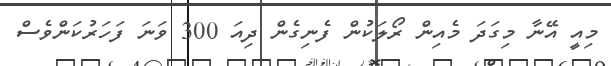
މިއީ އޭނާ މިގަދަ މެއިން ރޯލަކުން ފެނިގެން ދިއަ 300 ވަނަ ފަހަރުކަންވެސް